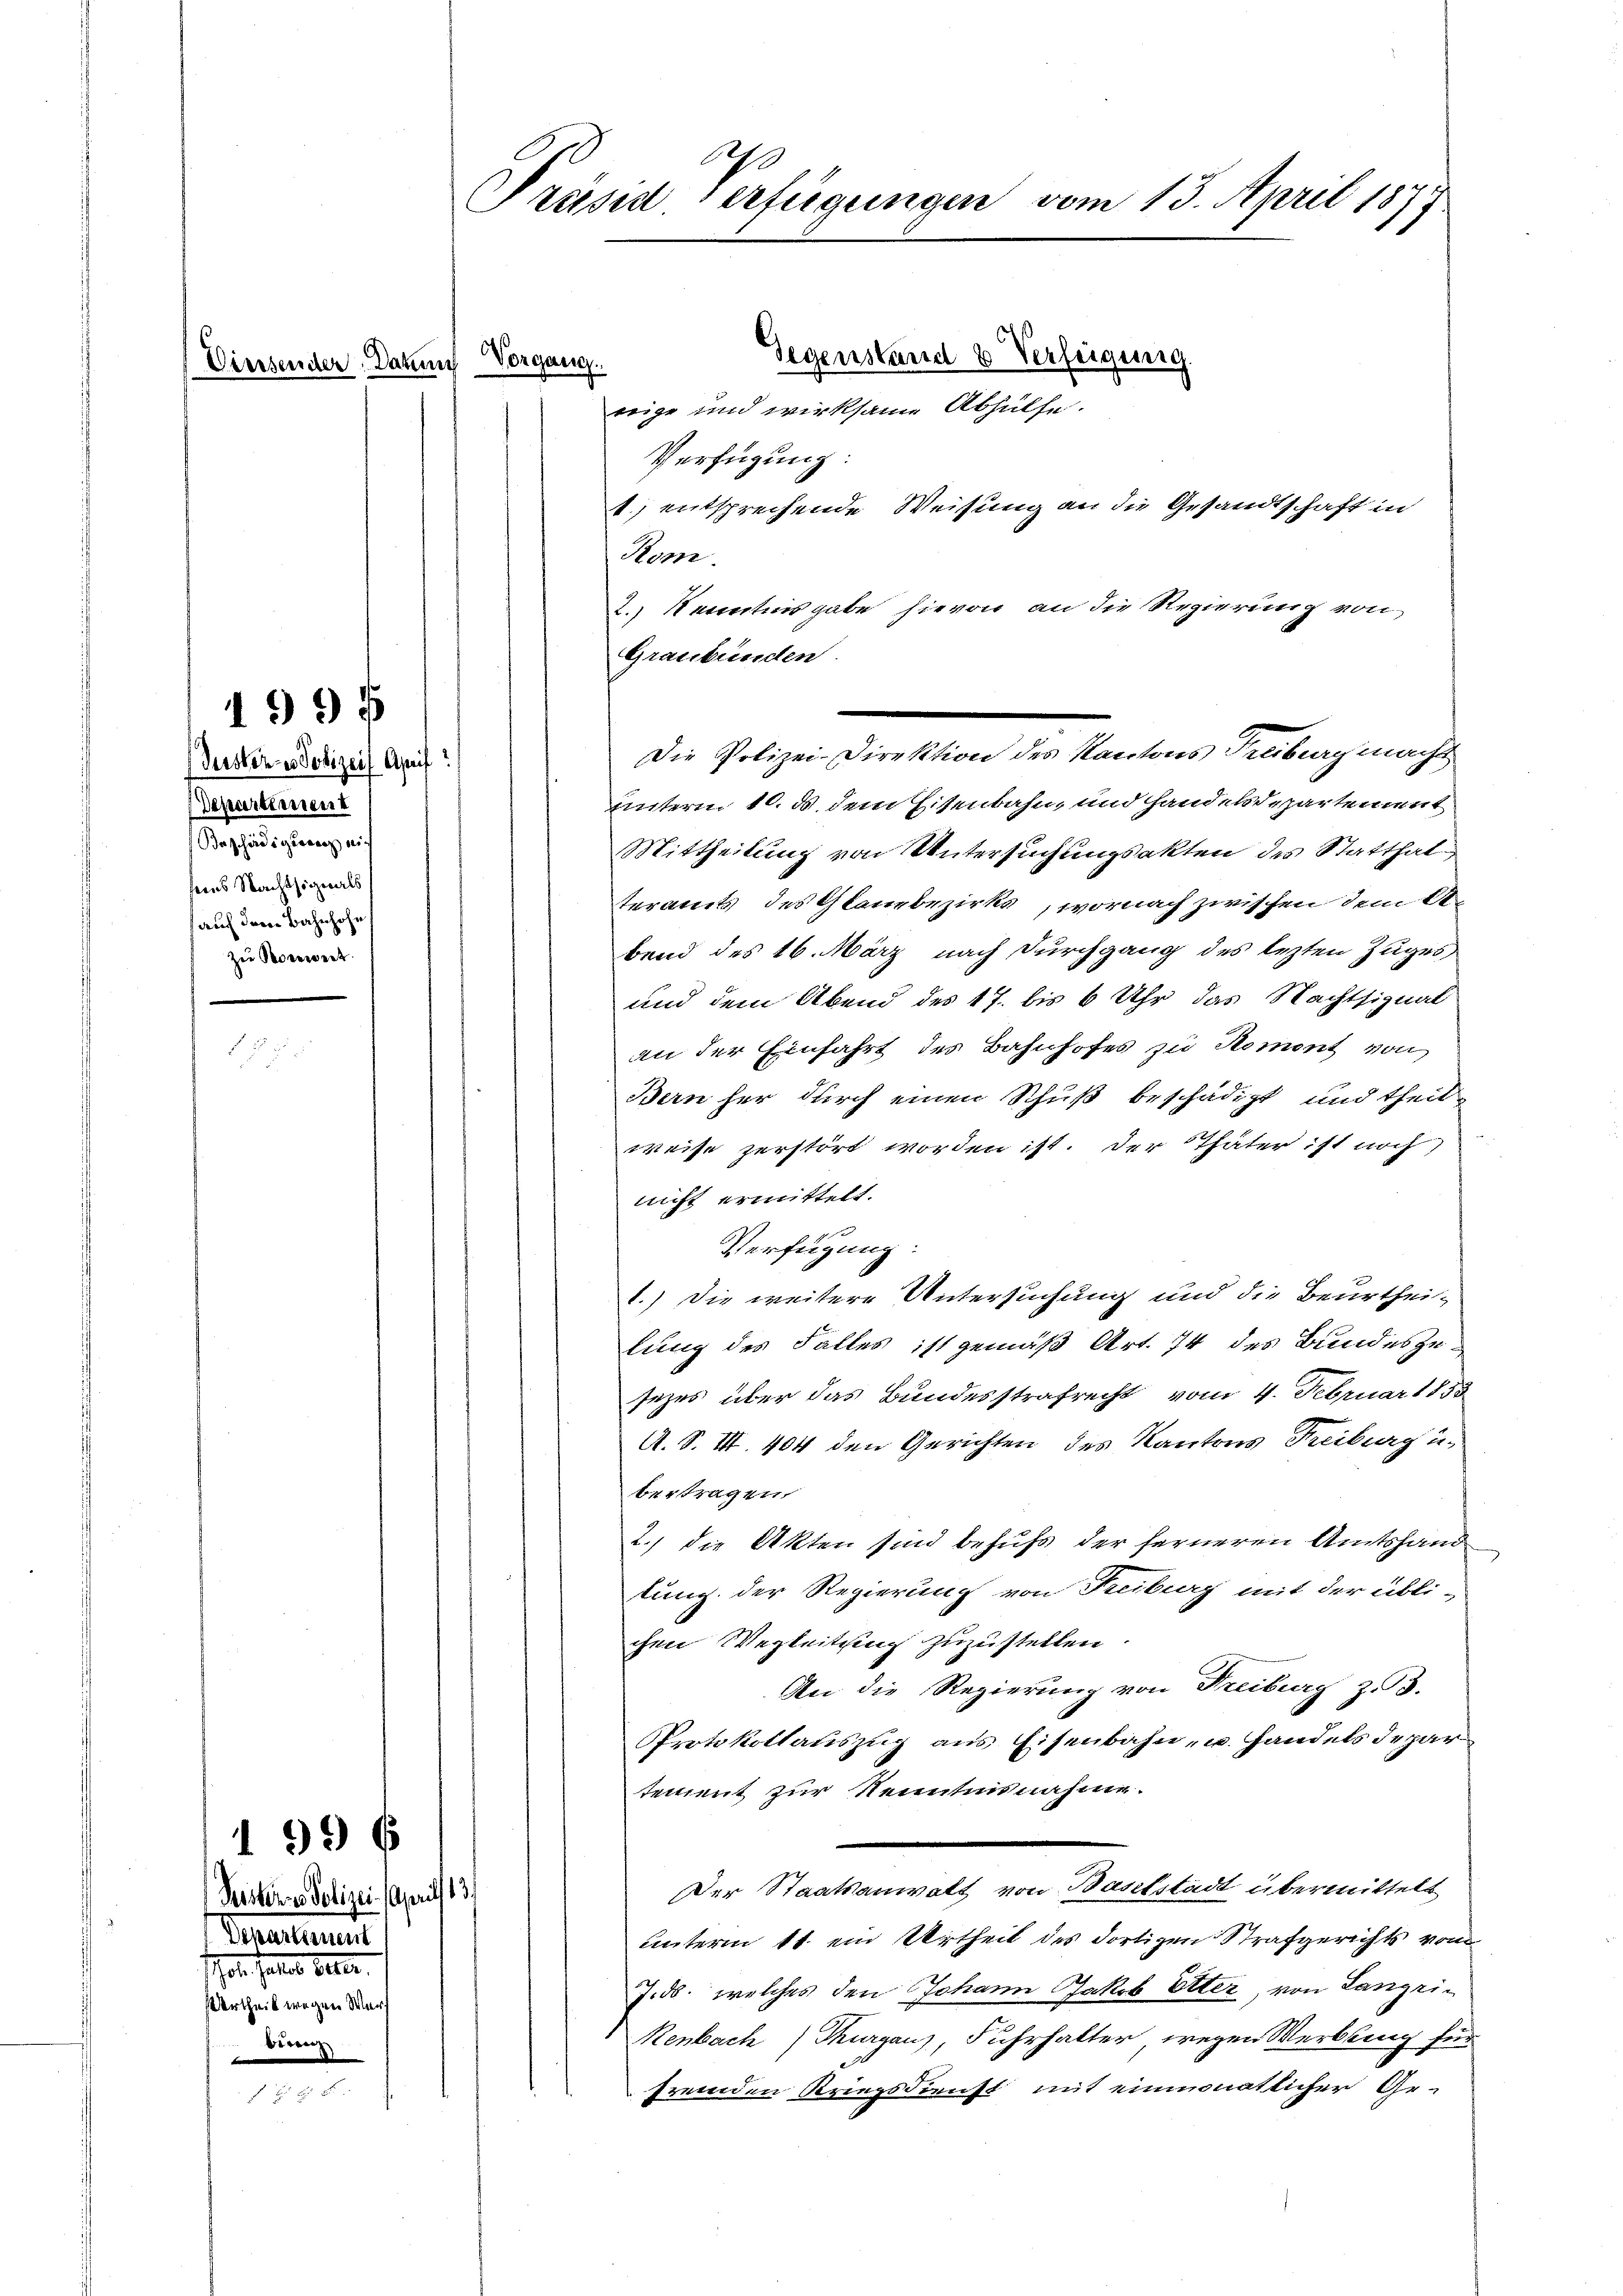
Vierseniter. Darin

199 f

1996

reige und wirksame Abhülfe.
Verfügung:
1) entsprechende Weisung an die Gesandtschaft in
Rom.
2.) Kenntnisgabe hievon an die Regierung von
Graubünden.
untern 10. ds. dem Eisenbahn, und Handelsdepartement
Mittheilung von Untersuchungsakten des Statthalteramts des Glanzbezirks, wornach zwischen dem Atbend des 16. März nach Durchgang des lezten Zuges
und dem Abend des 17. bis 6 Uhr das Nachtsignat
an der Einfahrt des Bahnhofes zu Roment von
Bern her durch einen Schuß beschädigt und theil
weise zerstört worden ist. Der Thäter ist noch
nicht ermittelt.
Verfügung:
1.) Die weitere Untersuchung und die Beurtheilung des Falles ist gemäß Art. 74 des Bundeszusezes über das Bundesstrafrecht vom 4. Februar 1858
A. S. III. 404 den Gerichten des Kantons Freiburg un
bertragen
2.) die Akten sind behufs der ferneren Amtshand
lung der Regierung von Freiberg mit der übli-
chen Wegleitung zuzustellen.
An die Regierung von Freiburg z.3.
Protokollauszug aus Eisenbahn- u. handels depar
tement zur Nenntnisnahme.
Der Staatsanwalt von Baselstadt übermittelt
unterm 11. ein Urtheil des dortigen Strafgerichts vom
J. ds. welches den Johann Jakob Etter, von Langri¬
Renbach) Thurgau), Fuhrhalter, wegen Werbling für
fremden Kriegsdienst mit einmonatlicher Ge-

Juoden Polizeif Apeif
Departement
Beschädigerech nich
seins Nacht signals
(auf dem Bahnhofe,
zu Rovereit

Peisteres Polizei (April 13.
Departement
ol. Patier betr.
Urtheil wegen Wert
biren

Präsid Verfügungen vom 13. April 1877

Vorgang.

Gegenstand 8 Verfeigung

Die Polizei-Direktion des Kantons Freiberg macht